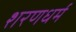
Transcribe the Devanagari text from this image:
शरणधर्म